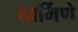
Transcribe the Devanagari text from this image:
धार्मिणे